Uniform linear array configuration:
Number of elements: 32
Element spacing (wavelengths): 0.25
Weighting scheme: hann
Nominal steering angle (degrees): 45
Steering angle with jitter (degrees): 44.823
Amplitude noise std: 0.05
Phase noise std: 0.05

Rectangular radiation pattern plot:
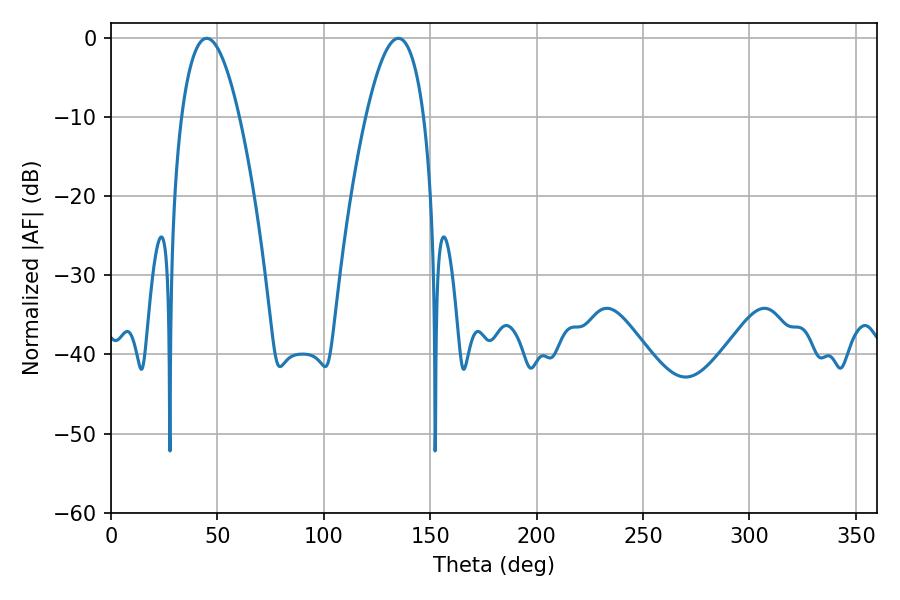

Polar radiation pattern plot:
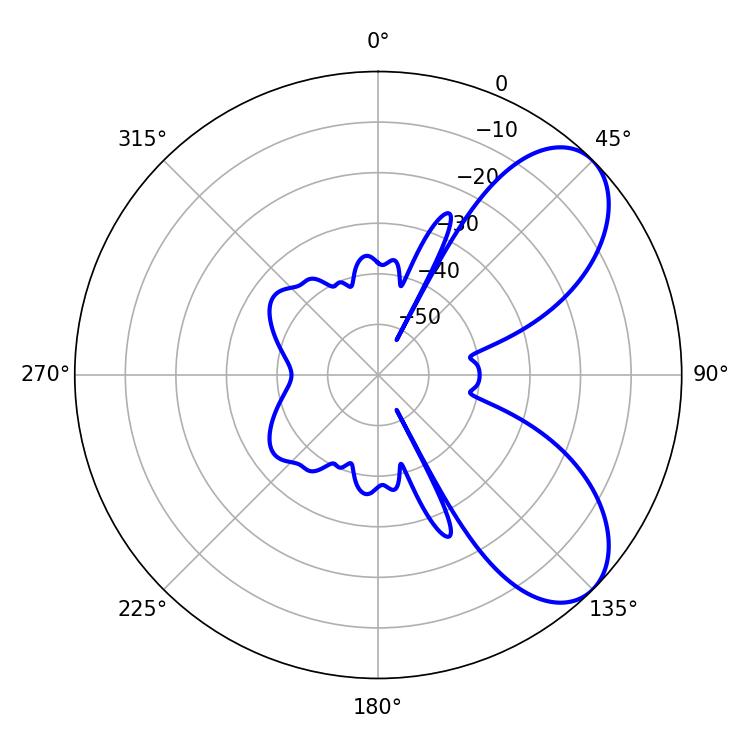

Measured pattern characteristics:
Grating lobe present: FALSE
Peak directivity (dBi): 6.985
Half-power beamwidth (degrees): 14.94
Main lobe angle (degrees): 45